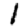
Digit: 1